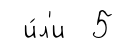
и́л'и 5